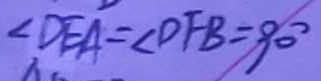
\angle D E A = \angle D F B = 9 0 ^ { \circ }